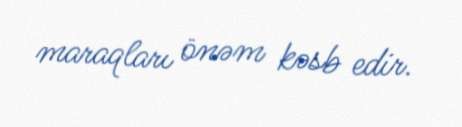
maraqları önəm kəsb edir.